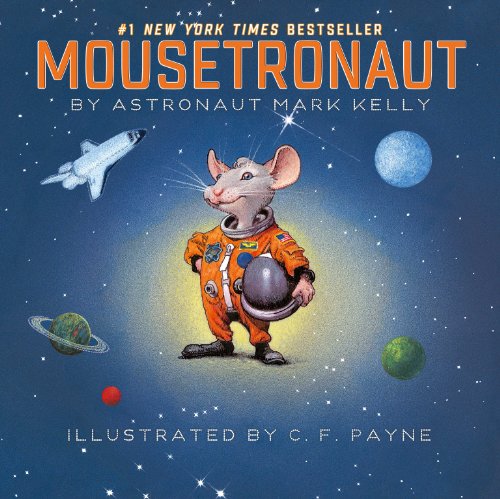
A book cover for Mousetronaut: Based on a (Partially) True Story (Paula Wiseman Books); Mark Kelly; Children's Books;